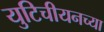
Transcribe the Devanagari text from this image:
युटिचीयनच्या